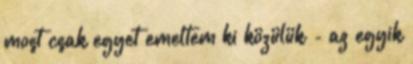
most csak egyet emeltem ki közülük - az egyik